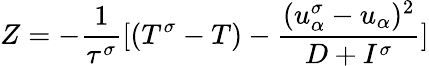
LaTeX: Z=-\frac{1}{\tau^{\sigma}}[(T^{\sigma}-T)-\frac{(u_{\alpha}^{\sigma}-u_{\alpha})^{2}}{D+I^{\sigma}}]